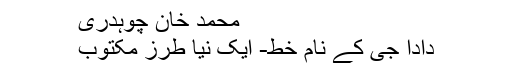
محمد خان چوہدری
دادا جی کے نام خط- ایک نیا طرزِ مکتوب